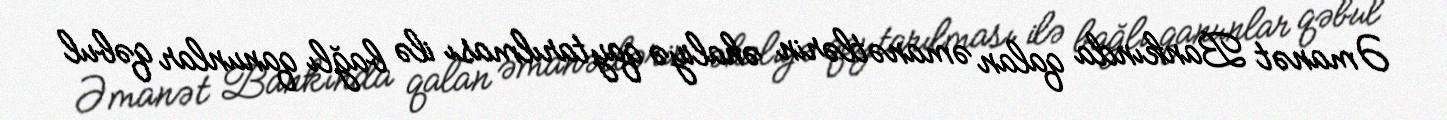
Əmanət Bankında qalan əmanətlərin əhaliyə qaytarılması ilə bağlı qanunlar qəbul